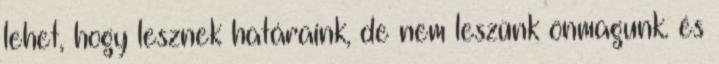
lehet, hogy lesznek határaink, de nem leszünk önmagunk. és